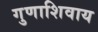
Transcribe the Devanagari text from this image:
गुणाशिवाय